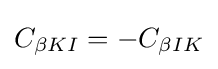
C_{\beta KI}=-C_{\beta IK}